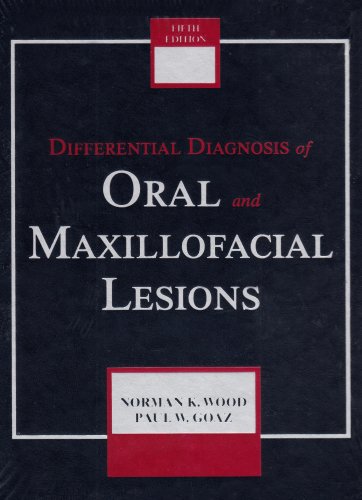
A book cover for Differential Diagnosis of Oral and Maxillofacial Lesions, 5e; Norman K. Wood DDS  MS  PhD; Medical Books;